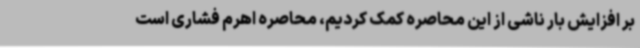
بر افزایش بار ناشی از این محاصره کمک کردیم، محاصره اهرم فشاری است